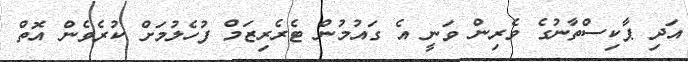
އަދި ޕާކިސްތާނުގެ ވެރިން ވަނީ އެ ގައުމުން ޓެރެރިޒަމް ފުހެލުމަށް ކުރެވެން އޮތް